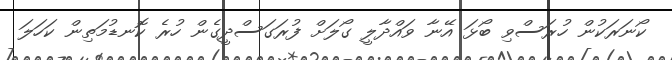
ކޯނަރަކުން ހުރަސްވި ބޯޅަ އޭނާ ވައްދާލީ ގޯލަށް ފުރަގަސްދީގެން ހުރެ ކޮނޑުމަތިން ކަހަލަ